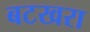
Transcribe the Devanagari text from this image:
बटखरा